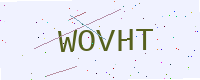
Text: WOVHT